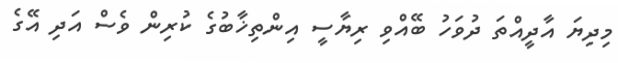
މިދިޔަ އާދީއްތަ ދުވަހު ބޭއްވި ރިޔާސީ އިންތިޚާބުގެ ކުރިން ވެސް އަދި އޭގެ